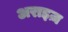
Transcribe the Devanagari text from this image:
अराइज़